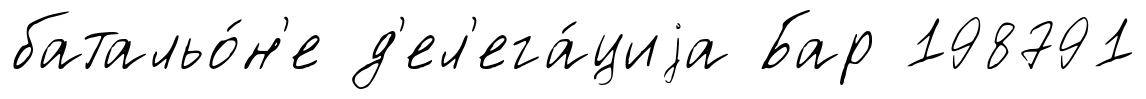
батальо́н'е д'ел'ега́циjа Бар 198791